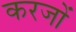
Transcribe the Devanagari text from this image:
करजों